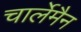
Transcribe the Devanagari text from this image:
चार्लेमैन